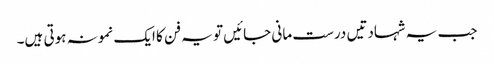
جب یہ شہادتیں درست مانی جائیں تو یہ فن کا ایک نمونہ ہوتی ہیں۔